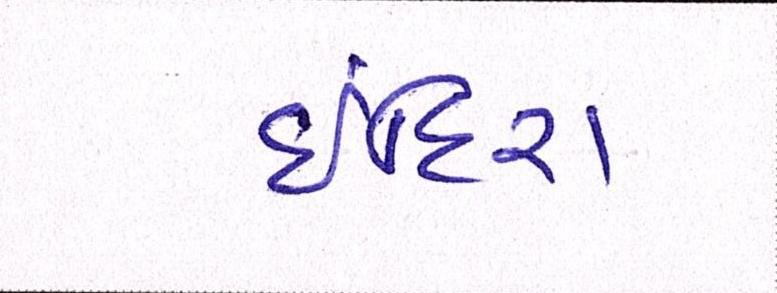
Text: ઈંદિરા